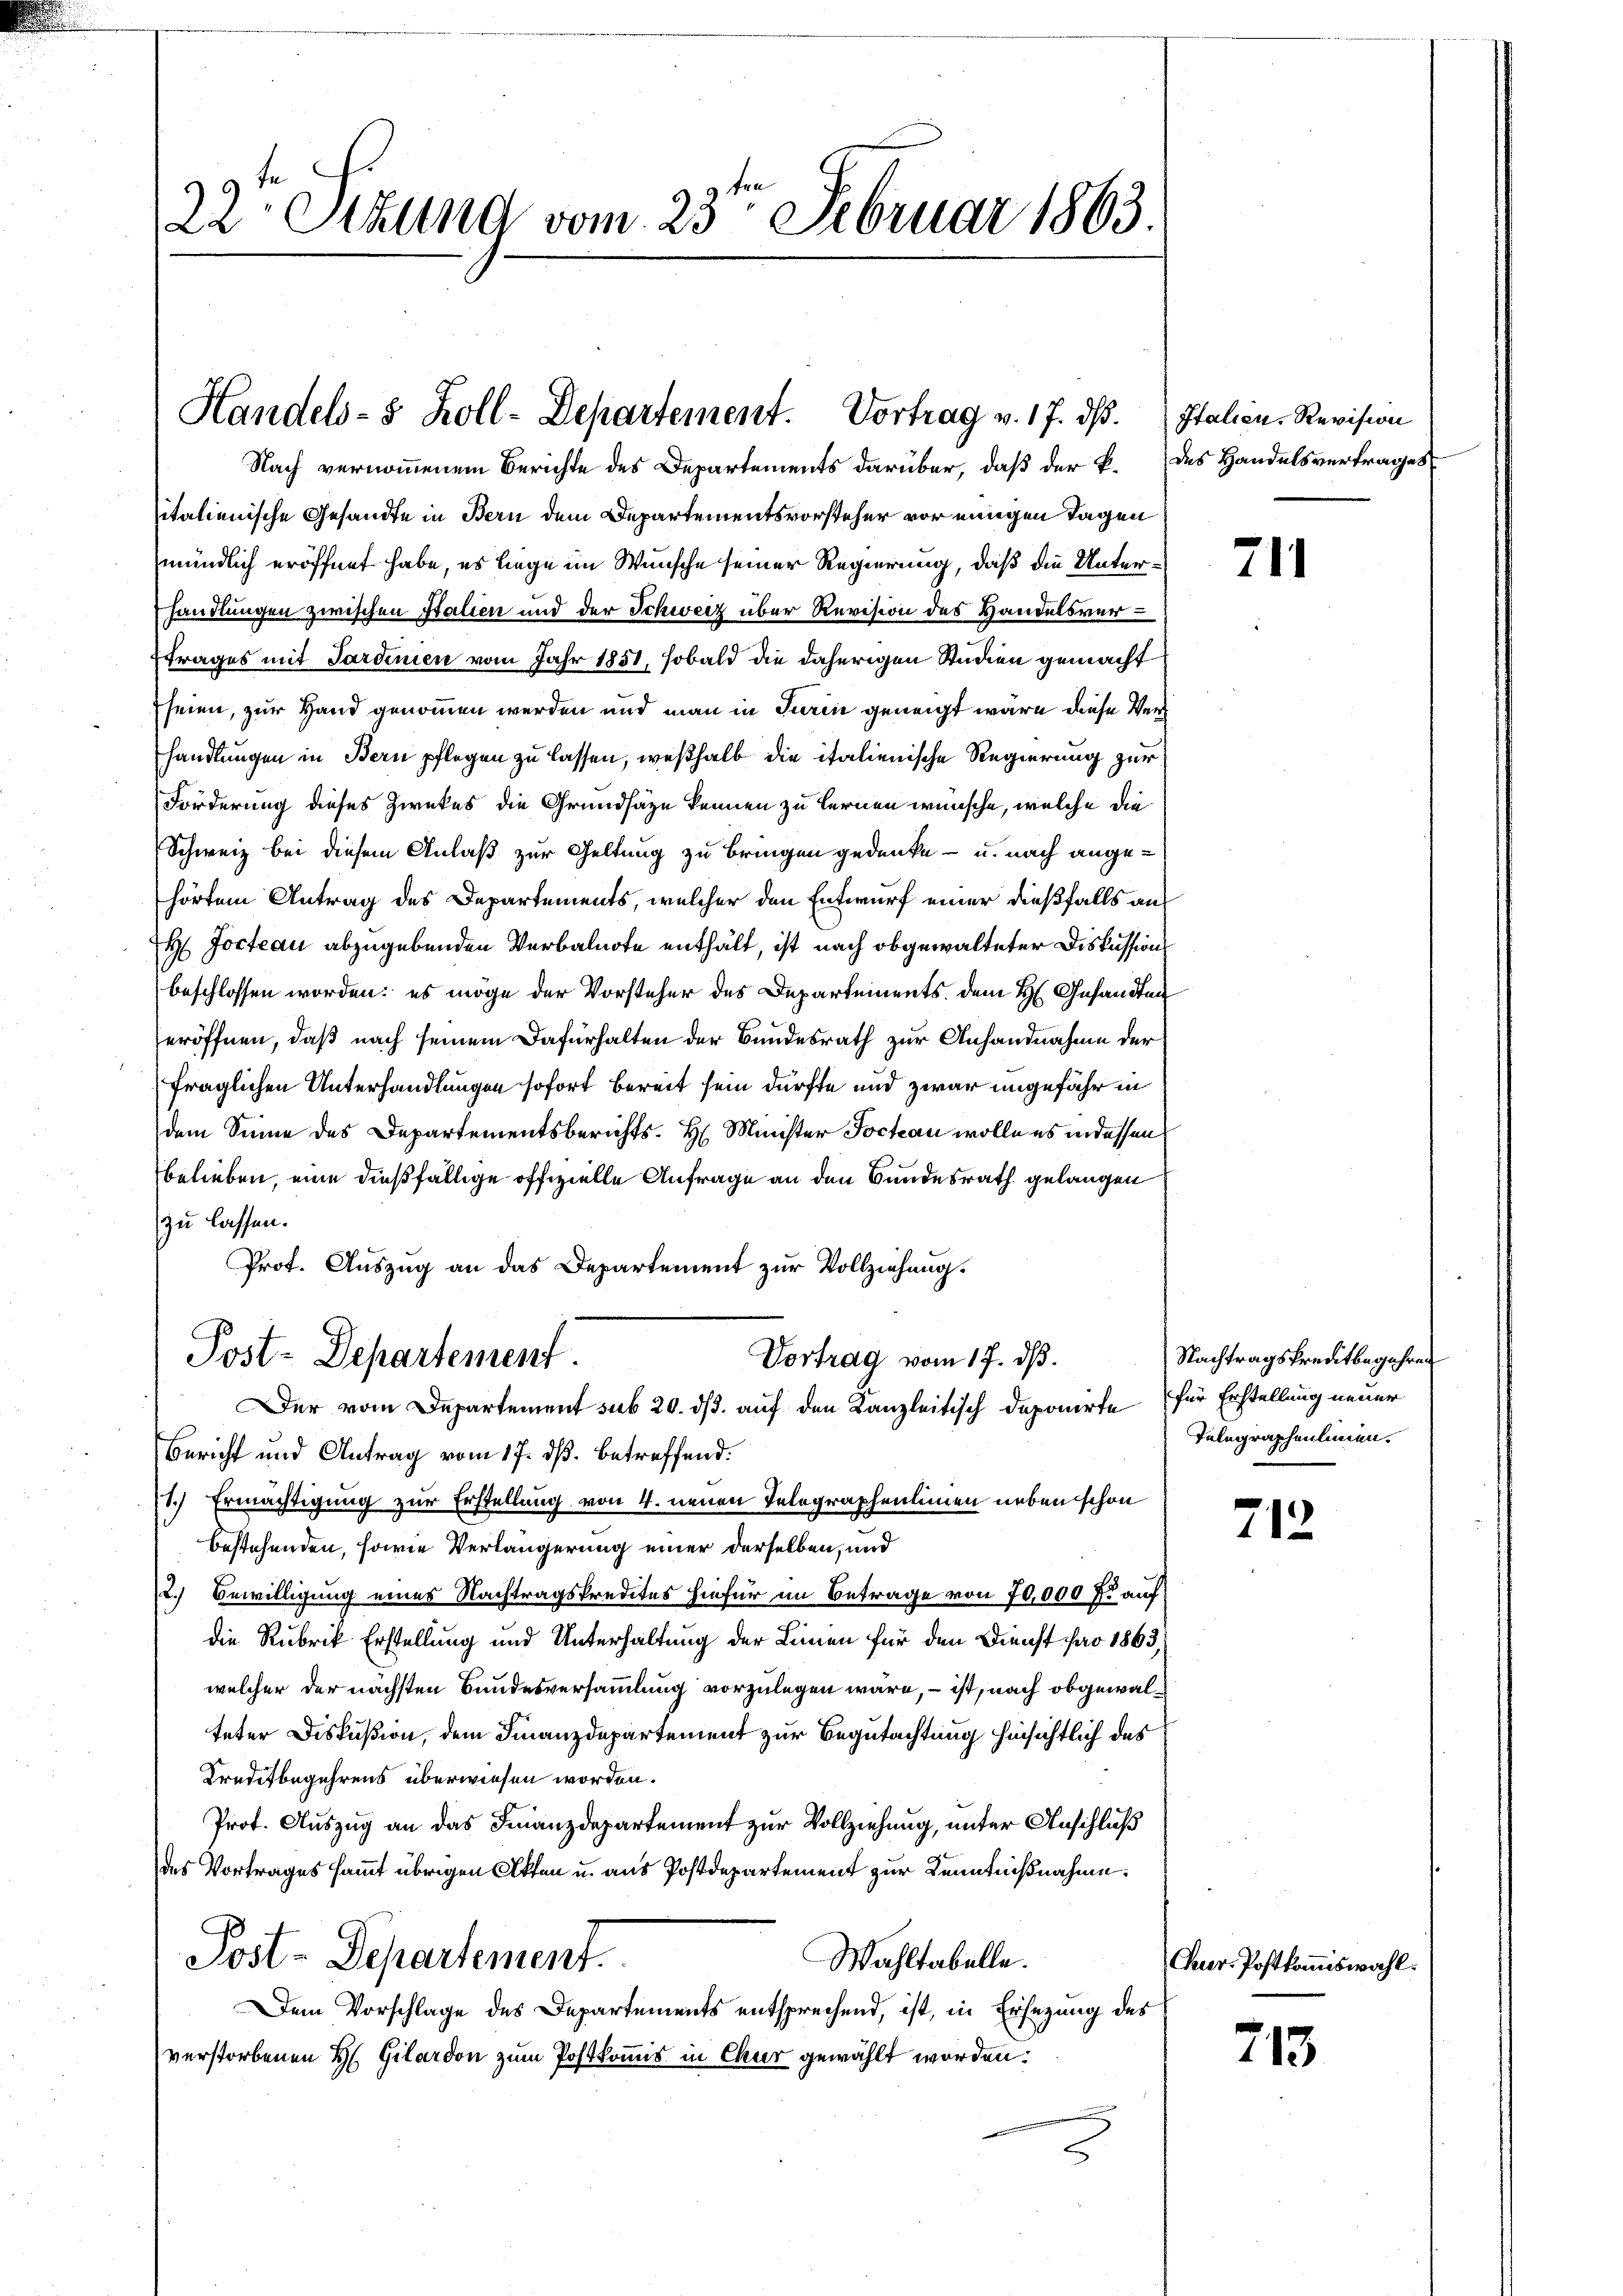
22. Sekund vom 23ten Februar 1863.

Handels- 8 Zoll-Departement. Vortrag v. 17. ds.
Nach vernommenem Berichte des Departements darüber, daß der k. des Handelsvertrages

sitalienische Gesandte in Bern dem Departementsvorsteher vor einigen Tagen
mündlich eröffnet habe, es liege im Wünsche seiner Regierung, daß die Unterhandlungen zwischen Stalien und der Schweiz über Revision des Handelsver¬
Etrages mit Sardinien vom Jahr 1851, sobald die daherigen Stimmen gemacht
seien, zur Hand genommen werden und man in Turin geneigt wäre diese Verhandlungen in Bern pflegen zu lassen, weßhalb die italienische Regierung zur
Forderung dieses Zweckes die Grundsäze kennen zu lernen wünsche, welche die
Schweiz bei diesem Anlaß zur Geltung zu bringen gedenke - u. nach angehörtem Antrag des Departements, welcher den Entwurf einer dießfalls aus
H Jocteau abzugebenden Verbalnote enthält, ist nach obgewalteter Diskussion
beschlossen worden; es möge der Vorsteher des Departements dem H. Gesandten
eröffnen, daß nach seinem Dafürhalten der Bundesrath zur Anhandnahme der
fraglichen Unterhandlungen sofort bereit sein dürfte und zwar ungefähr in
dem Sinne des Departementsberichts- H. Minister Jochan wolle es in dessen
belieben, eine dießfällige offizielle Anfrage an den Bundesrath gelangen
zu lassen.
Prot. Auszug an das Departement zur Vollziehung.
Post-Departement
Vortrag vom 17. dß.
Der vom Departement sub 20. ds. auf den Kanzleitisch Daponirte für Erstellung neuer
Bericht und Antrag vom 17. ds. betreffend.
1.) Ermächtigung zur Erstellung von 4. neuen Telegraphenlinien neben schon
bestehenden, sowie Verlängerung einer derselben, und
2.) Bewilligung eines Nachtragskredites hiefür im Betrage von 70,000 f: auf
die Rubrik Erstellung und Unterhaltung der Linien für den Dienst pro 1863,
welcher der nächsten Bundesversammlung vorzulegen wäre, – ist, nach obgewalteter Diskußion, dem Finanzdepartement zur Begutachtung hinsichtlich des
Traditbegehrens überwiesen worden.
Prof. Auszug an das Finanzdepartement zur Vollziehung, unter Anschluß
des Vortrages sammt übrigen Otten u. aus Postdepartement zur Kenntnißnahme.
Post-Departement.
Wahltabelle.
Dem Vorschlage des Departements entsprechend, ist, in Ersezung des
verstorbenen H. Gilardon zum Postkommis in Chur gewählt worden.

Italien, Revision

211

Nachtragskreditbegehren
Telegraphenlinien.

712

Pur-Postkommiswahl.

213